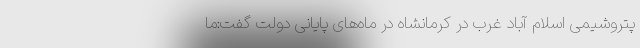
پتروشیمی اسلام آباد غرب در کرمانشاه در ماه‌های پایانی دولت گفت:ما